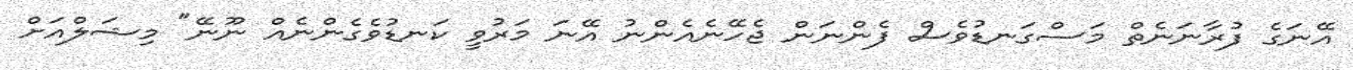
އޭނަގެ ފުރާނަނެތް މަސްގަނޑުވެސް ފެންނަން ޖެހޭނެއެންނު އޭނަ މަރުވީ ކަނޑުވެގެންނެއް ނޫނޭ" މިޝަލްއަށް